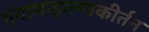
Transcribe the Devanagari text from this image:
गंगामाहात्म्यकीर्तन